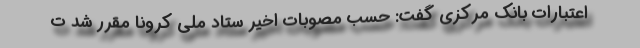
اعتبارات بانک مرکزی گفت: حسب مصوبات اخیر ستاد ملی کرونا مقرر شد ت